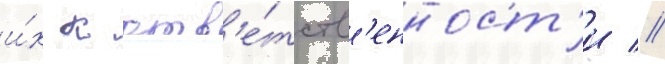
и́х к отв'е́тств'енност'и //